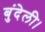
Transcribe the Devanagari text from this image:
बुंदेली।